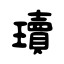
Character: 瓄